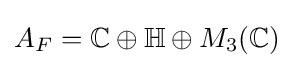
A_{F}=\mathbb {C} \oplus \mathbb {H} \oplus M_{3}(\mathbb {C} )